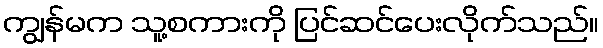
ကျွန်မက သူ့စကားကို ပြင်ဆင်ပေးလိုက်သည်။